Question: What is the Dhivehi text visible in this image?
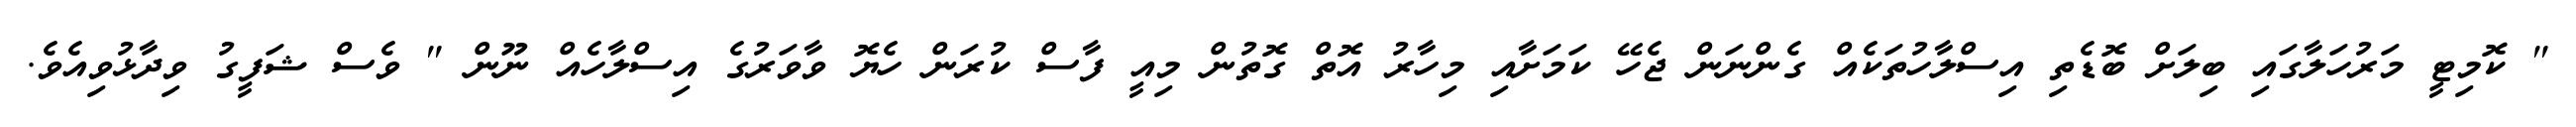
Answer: " ކޮމިޓީ މަރުހަލާގައި ބިލަށް ބޮޑެތި އިސްލާހުތަކެއް ގެންނަން ޖެހޭ ކަމަށާއި މިހާރު އޮތް ގޮތުން މިއީ ފާސް ކުރަން ހެޔޮ ވާވަރުގެ އިސްލާހެއް ނޫން " ވެސް ޝަފީގު ވިދާޅުވިއެވެ.